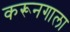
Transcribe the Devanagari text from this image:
करूनगाला